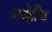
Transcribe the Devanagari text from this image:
नव्हेचि